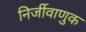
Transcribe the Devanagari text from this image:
निर्जीवाणुक